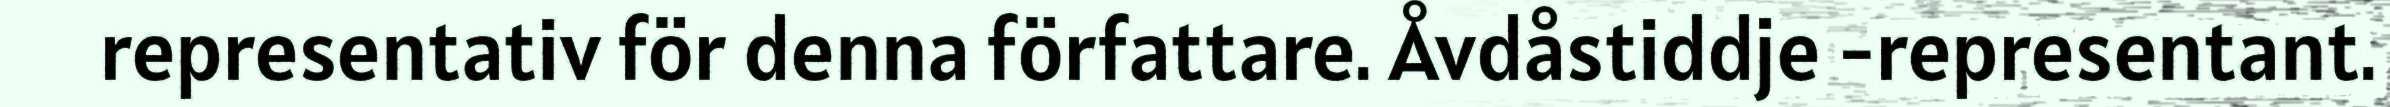
representativ för denna författare. Åvdåstiddje -representant.